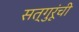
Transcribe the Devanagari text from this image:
सत्गुरूंची